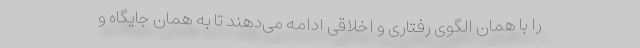
را با همان الگوی رفتاری و اخلاقی ادامه می‌دهند تا به همان جایگاه و